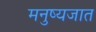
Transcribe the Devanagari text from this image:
मनुष्यजात